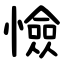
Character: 憸